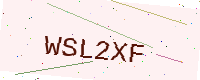
Text: WSL2XF